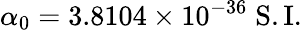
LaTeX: \alpha_{0}=3.8104\times 10^{-36}\; \mathrm{S.I.}